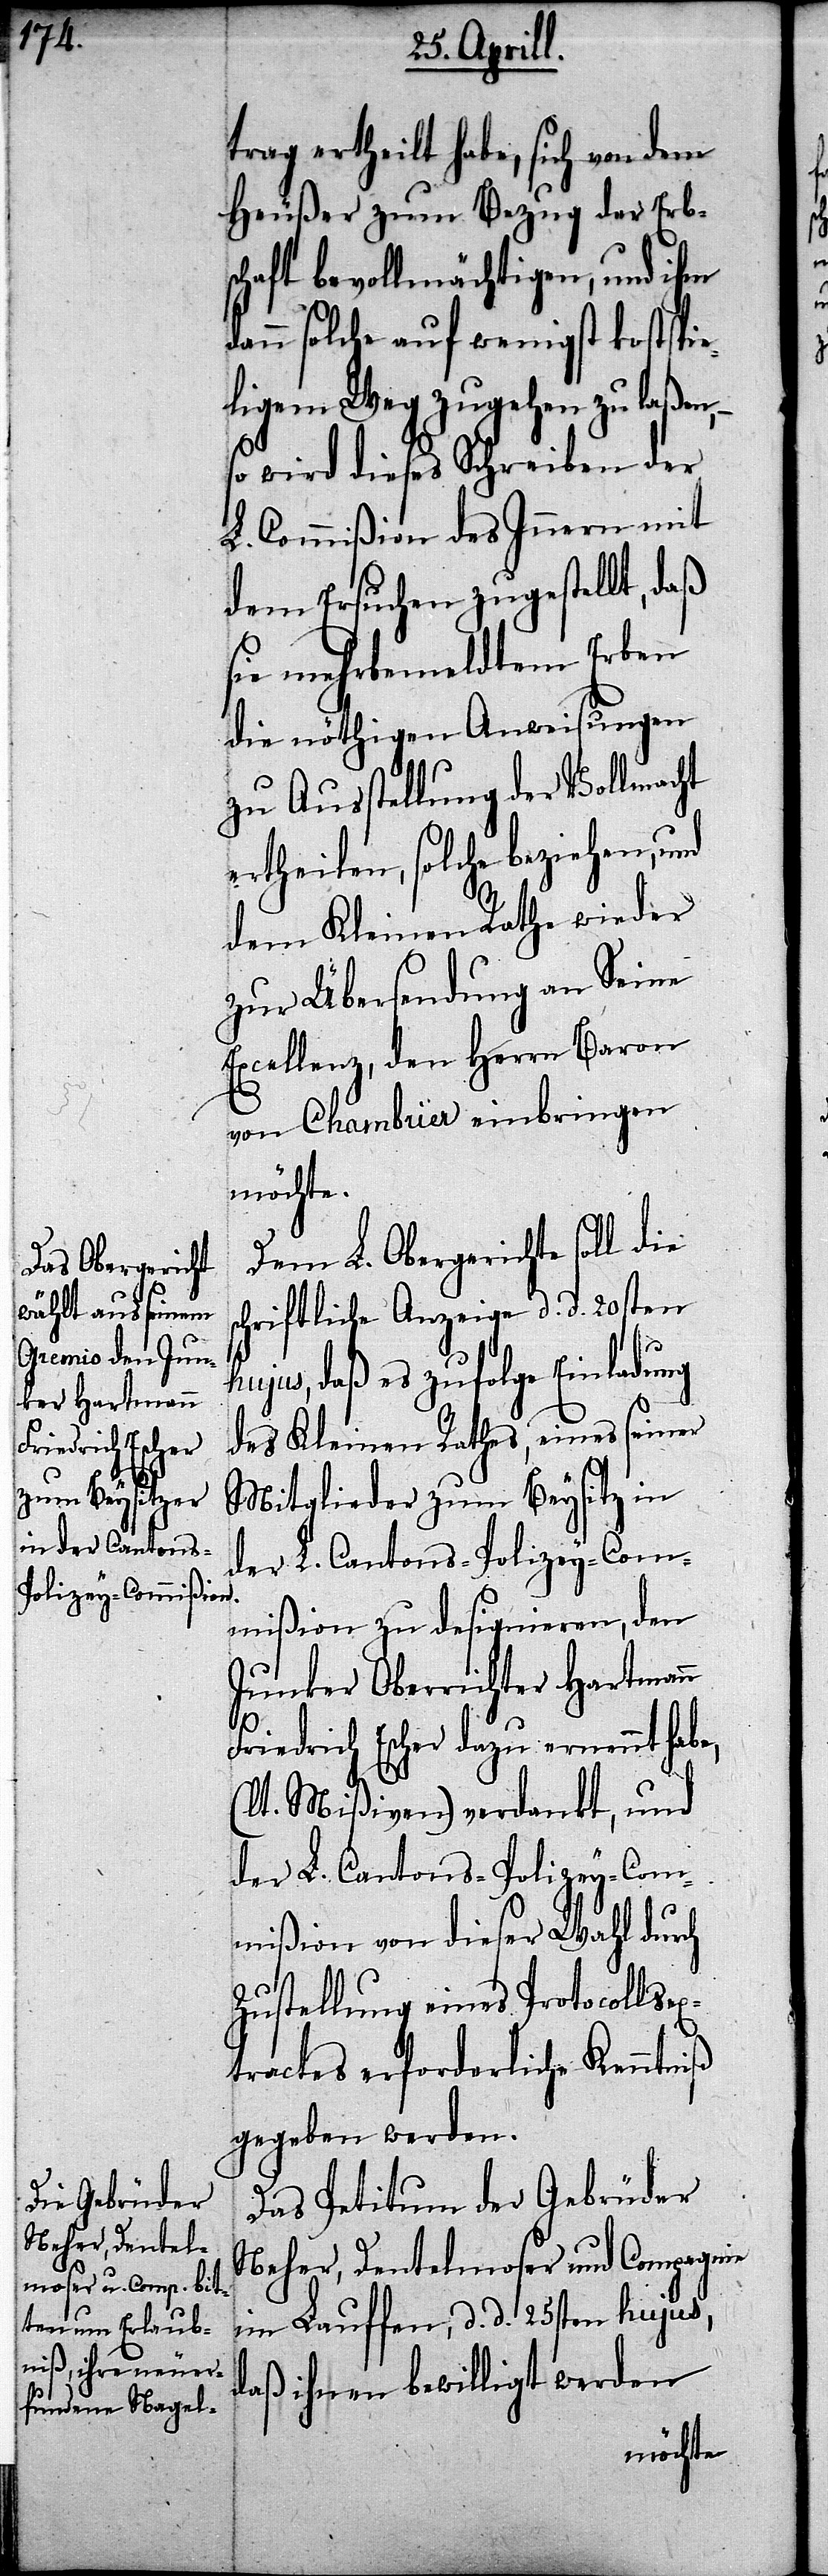
d¬

trag ertheilt habe, sich von dem
Heußer zum Bezug der Erb¬
schaft bevollmächtigen, und ihm
ann solche auf wenigst kostspie¬
ligem Weg zugehen zu laßen,–
so wird dieses Schreiben der
L. Commißion des Innern mit
dem Ersuchen zugestellt, daß
sie mehrbemeldtem Erben
die nöthigen Anweisungen
zu Ausstellung der Vollmacht
ertheilen, solche beziehen, und
dem Kleinen Rathe wieder
zur Übersendung an Seine
Exzellenz, den Herrn Baron
von Chambrier einbringen
möchte.
Dem L. Obergerichte soll die
schriftliche Anzeige d. d. 20sten
hujus, daß es zufolge Einladung
des Kleinen Rathes, eines seiner
Mitglieder zum Beysitz in
mißion zu designieren, den
Junker Oberrichter Hartmann
Friedrich Escher dazu ernannt habe,
(lt. Mißiven) verdankt, und
der L. Cantons-Polizey-Com¬
mißion von dieser Wahl durch
Zustellung eines Protocollsex¬
tractes erforderliche Kenntniß
gegeben werden.
Das Petitum der Gebrüder
Neher, Dentelmoser und Compagnie
im Lauffen, d. d. 25sten hujus,
daß ihnen bewilligt werden